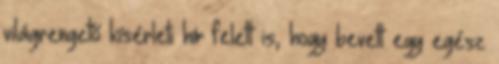
világrengető kísérleti hír felett is, hogy bevett egy egész